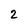
Character: 2